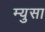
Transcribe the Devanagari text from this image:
म्युसा